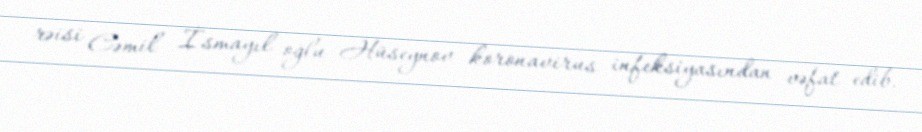
rəisi Cəmil İsmayıl oğlu Hüseynov koronavirus infeksiyasından vəfat edib.